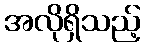
အလိုရှိသည့်